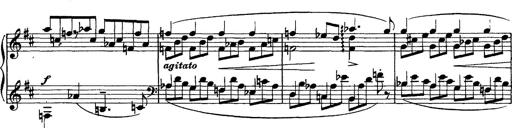
Title: Piano Sonata
Composer: Karl HÃ¤ssler
Key: C major